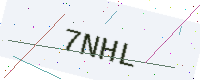
Text: 7NHL